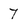
Character: 7